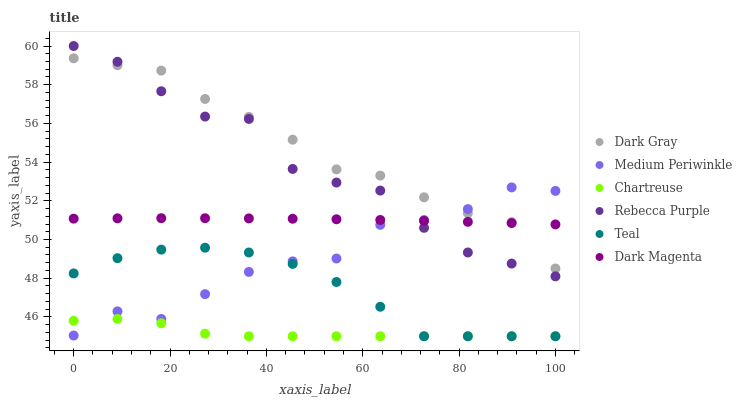
| xaxis_label | Dark Gray | Medium Periwinkle | Chartreuse | Rebecca Purple | Teal | Dark Magenta |
 | --- | --- | --- | --- | --- | --- | --- |
 | 0 | 59.4 | 45 | 45.8 | 60 | 48.2 | 51.1 |
 | 9.09 | 59 | 46.3 | 45.9 | 59.2 | 49 | 51.1 |
 | 18.2 | 58.7 | 45.9 | 45.7 | 57.7 | 49.5 | 51.1 |
 | 27.3 | 57.3 | 47.2 | 45.1 | 56.4 | 49.6 | 51.1 |
 | 36.4 | 56.3 | 48.3 | 45 | 56.2 | 49.3 | 51.1 |
 | 45.5 | 55.2 | 48.9 | 45 | 53.6 | 48.7 | 51.1 |
 | 54.5 | 53.6 | 49 | 45 | 52.9 | 47.8 | 51 |
 | 63.6 | 53.3 | 50.8 | 45 | 52.5 | 46.5 | 51 |
 | 72.7 | 52.2 | 51 | 45 | 50.6 | 45 | 51 |
 | 81.8 | 51.4 | 51.6 | 45 | 49.3 | 45 | 50.9 |
 | 90.9 | 50.9 | 52.7 | 45 | 48.8 | 45 | 50.9 |
 | 100 | 48.5 | 52.5 | 45 | 48.1 | 45 | 50.8 |